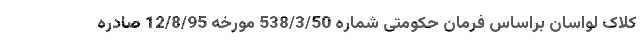
کلاک لواسان براساس فرمان حکومتی شماره 538/3/50 مورخه 12/8/95 صادره